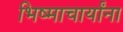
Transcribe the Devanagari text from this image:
भिष्माचार्यांना